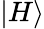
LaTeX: |H\rangle